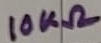
Text: 10KΩ